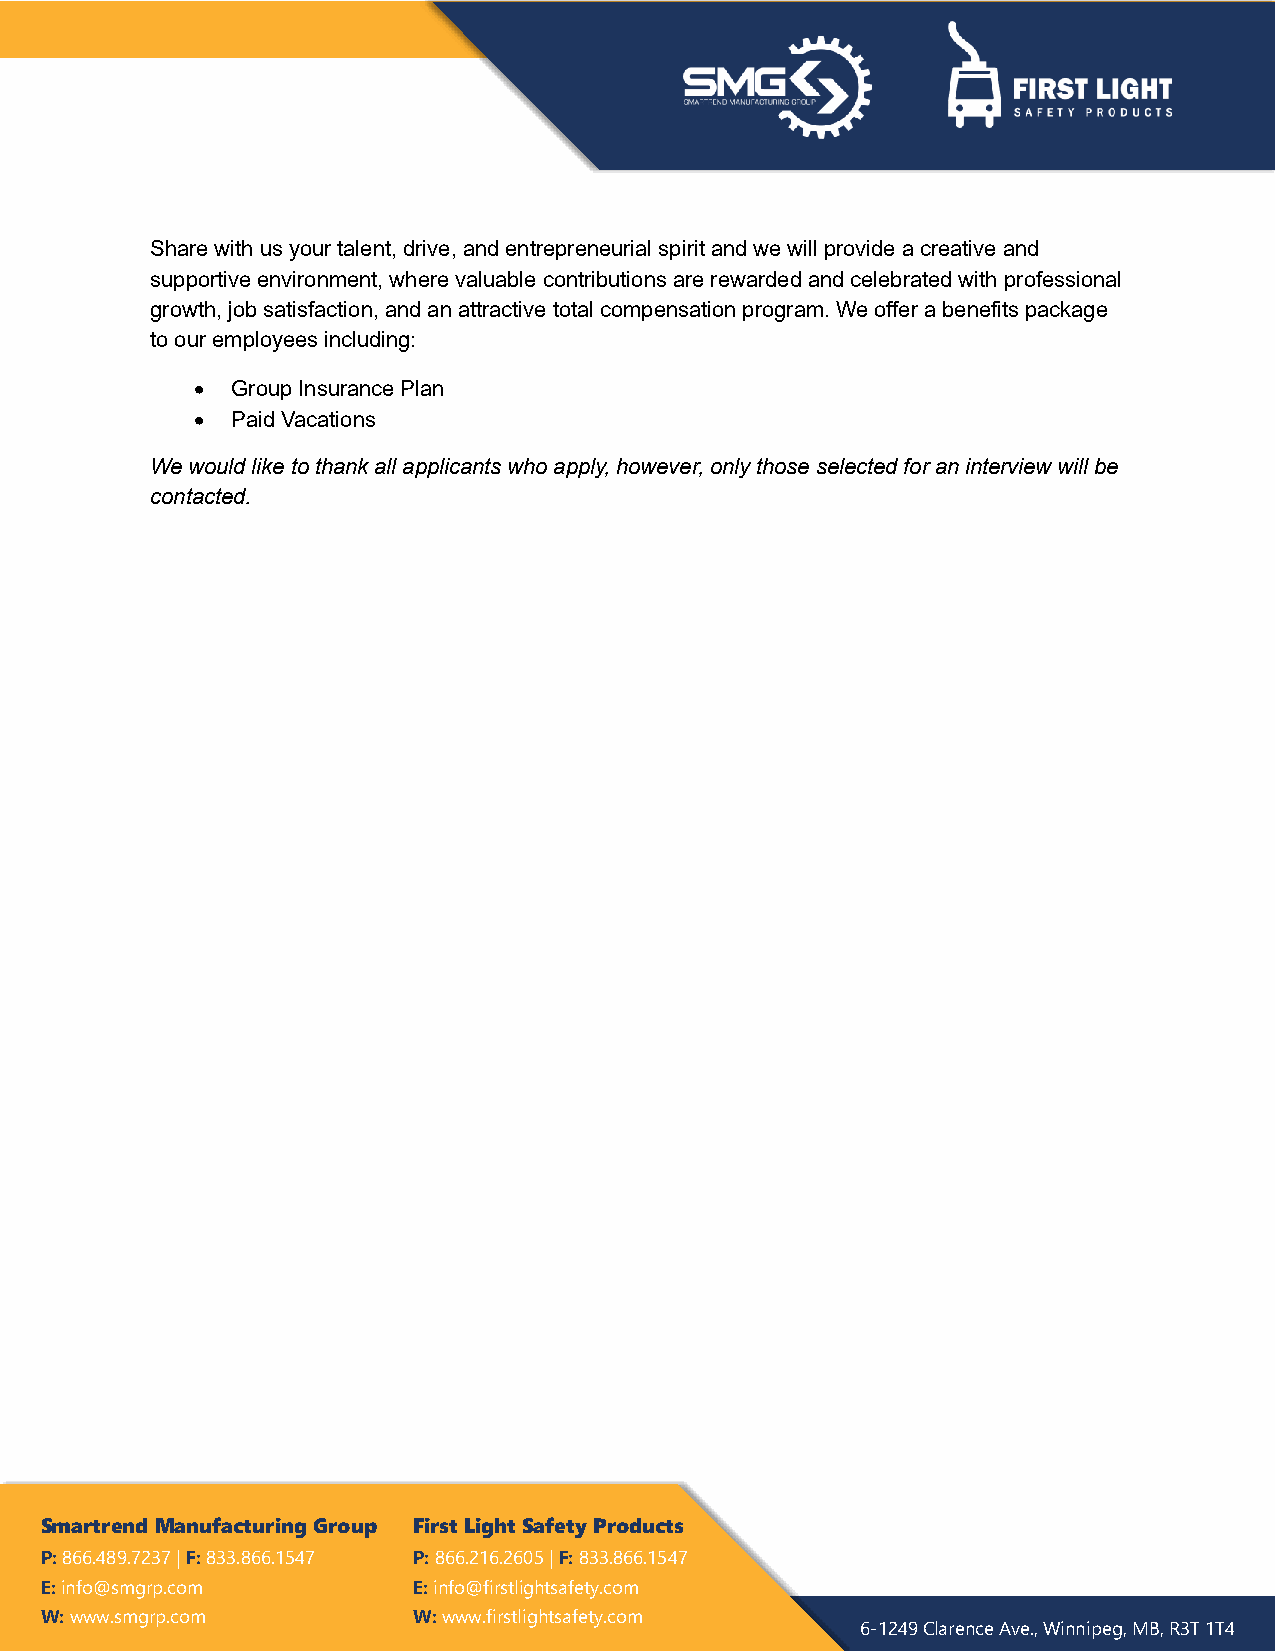
Share with us your talent, drive, and entrepreneurial spirit and we will provide a creative and
 supportive environment, where valuable contributions are rewarded and celebrated with professional
 growth, job satisfaction, and an attractive total compensation program. We offer a benefits package
 to our employees including:
 • Group Insurance Plan
 • Paid Vacations
 We would like to thank all applicants who apply, however, only those selected for an interview will be
 contacted.
 Smartrend Manufacturing Group First Light Safety Products
 P: 866.489.7237 | F: 833.866.1547 P: 866.216.2605 | F: 833.866.1547
 E: info@smgrp.com       E: info@firstlightsafety.com
 W: www.smgrp.com        W: www.firstlightsafety.com
 6-1249 Clarence Ave., Winnipeg, MB, R3T 1T4